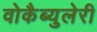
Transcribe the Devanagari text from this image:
वोकैब्युलेरी